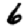
Digit: 6